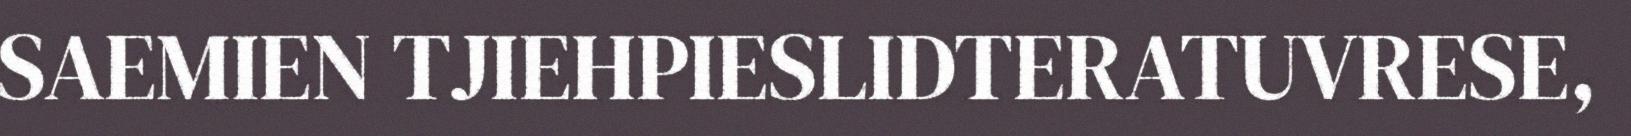
SAEMIEN TJIEHPIESLIDTERATUVRESE,